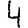
Digit: 4